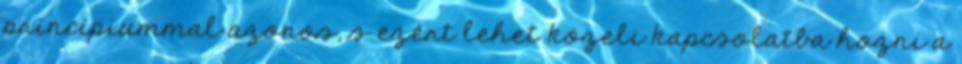
princípiummal azonos, s ezért lehet közeli kapcsolatba hozni a